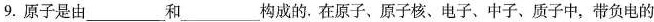
9.原子是由___和___构成的。在原子、原子核、电子、中子、质子中，带负电